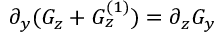
\partial _ { y } ( G _ { z } + G _ { z } ^ { ( 1 ) } ) = \partial _ { z } G _ { y }